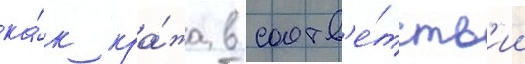
ка́к кра́жа в соотв'е́тств'ии